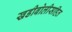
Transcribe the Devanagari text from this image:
खडीबोलीसहित